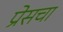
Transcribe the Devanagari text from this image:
प्रेसचा